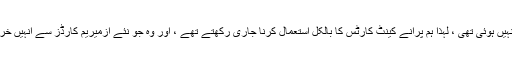
چونکہ صارفین کے لئے سسٹم میں کوئی تبدیلی نہیں ہوئی تھی ، لہذا ہم پرانے کینٹ کارٹس کا بالکل استعمال کرنا جاری رکھتے تھے ، اور وہ جو نئے ازمیریم کارڈز سے انہیں خریدنا چاہتے تھے اور ان کا استعمال شروع کردیا۔